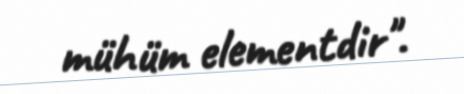
mühüm elementdir".